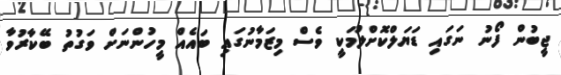
ޖީބުން ފޯނު ނަގައި ޑަޔަލްކޮށްލުމަކީ ވެސް މިޒަމާނުގައި ބައެއް މީހުންނަށް ވަގުތު ބޭކާރުވާ